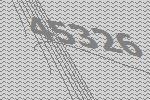
45326